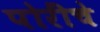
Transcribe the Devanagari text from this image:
पोरींचे